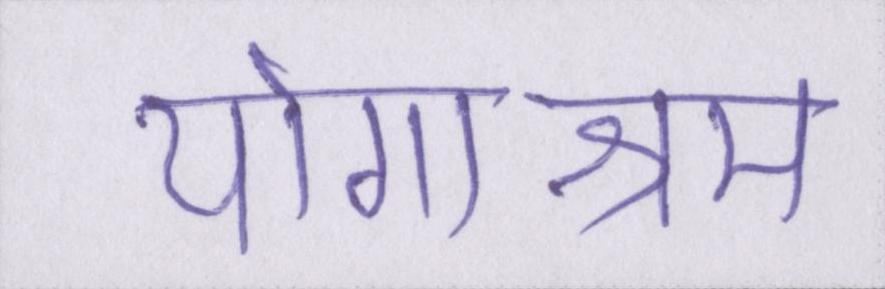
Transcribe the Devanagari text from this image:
योगाश्रम